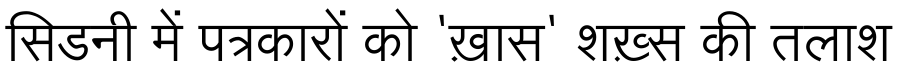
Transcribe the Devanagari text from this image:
सिडनी में पत्रकारों को 'ख़ास' शख़्स की तलाश